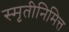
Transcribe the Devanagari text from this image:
स्मृतीनिमित्त